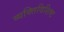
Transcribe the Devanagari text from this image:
व्यक्तिविशिष्ट